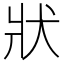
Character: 狀